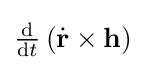
{\textstyle {\frac {\mathrm {d} }{\mathrm {d} t}}\left({\dot {\mathbf {r} }}\times \mathbf {h} \right)}